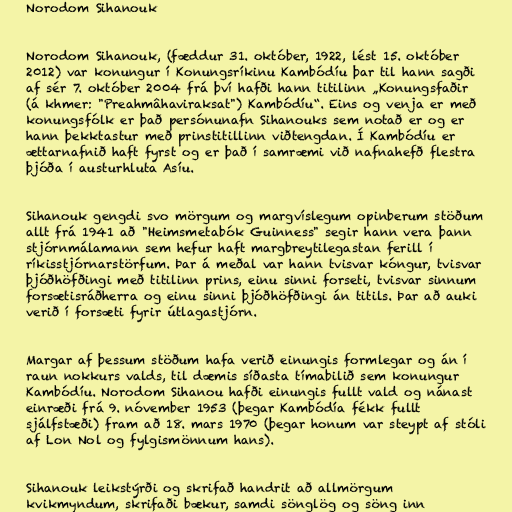
Norodom Sihanouk

Norodom Sihanouk, (fæddur 31. október, 1922, lést 15. október
2012) var konungur í Konungsríkinu Kambódíu þar til hann sagði
af sér 7. október 2004 frá því hafði hann titilinn „Konungsfaðir
(á khmer: "Preahmâhaviraksat") Kambódíu“. Eins og venja er með
konungsfólk er það persónunafn Sihanouks sem notað er og er
hann þekktastur með prinstitillinn viðtengdan. Í Kambódíu er
ættarnafnið haft fyrst og er það í samræmi við nafnahefð flestra
þjóða í austurhluta Asíu.

Sihanouk gengdi svo mörgum og margvíslegum opinberum stöðum
allt frá 1941 að "Heimsmetabók Guinness" segir hann vera þann
stjórnmálamann sem hefur haft margbreytilegastan ferill í
ríkisstjórnarstörfum. Þar á meðal var hann tvisvar kóngur, tvisvar
þjóðhöfðingi með titilinn prins, einu sinni forseti, tvisvar sinnum
forsætisráðherra og einu sinni þjóðhöfðingi án titils. Þar að auki
verið í forsæti fyrir útlagastjórn.

Margar af þessum stöðum hafa verið einungis formlegar og án í
raun nokkurs valds, til dæmis síðasta tímabilið sem konungur
Kambódíu. Norodom Sihanou hafði einungis fullt vald og nánast
einræði frá 9. nóvember 1953 (þegar Kambódía fékk fullt
sjálfstæði) fram að 18. mars 1970 (þegar honum var steypt af stóli
af Lon Nol og fylgismönnum hans).

Sihanouk leikstýrði og skrifað handrit að allmörgum
kvikmyndum, skrifaði bækur, samdi sönglög og söng inn